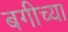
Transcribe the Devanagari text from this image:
बगीच्या